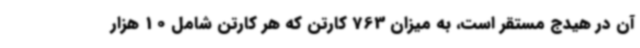
آن در هیدج مستقر است، به میزان 763 کارتن که هر کارتن شامل 10 هزار